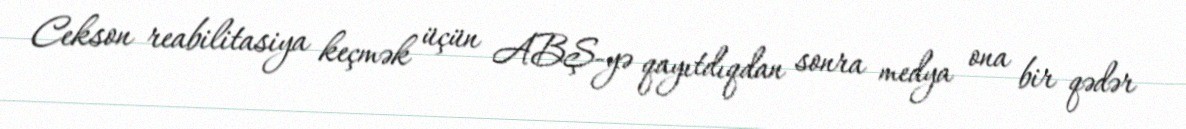
Cekson reabilitasiya keçmək üçün ABŞ-yə qayıtdıqdan sonra medya ona bir qədər